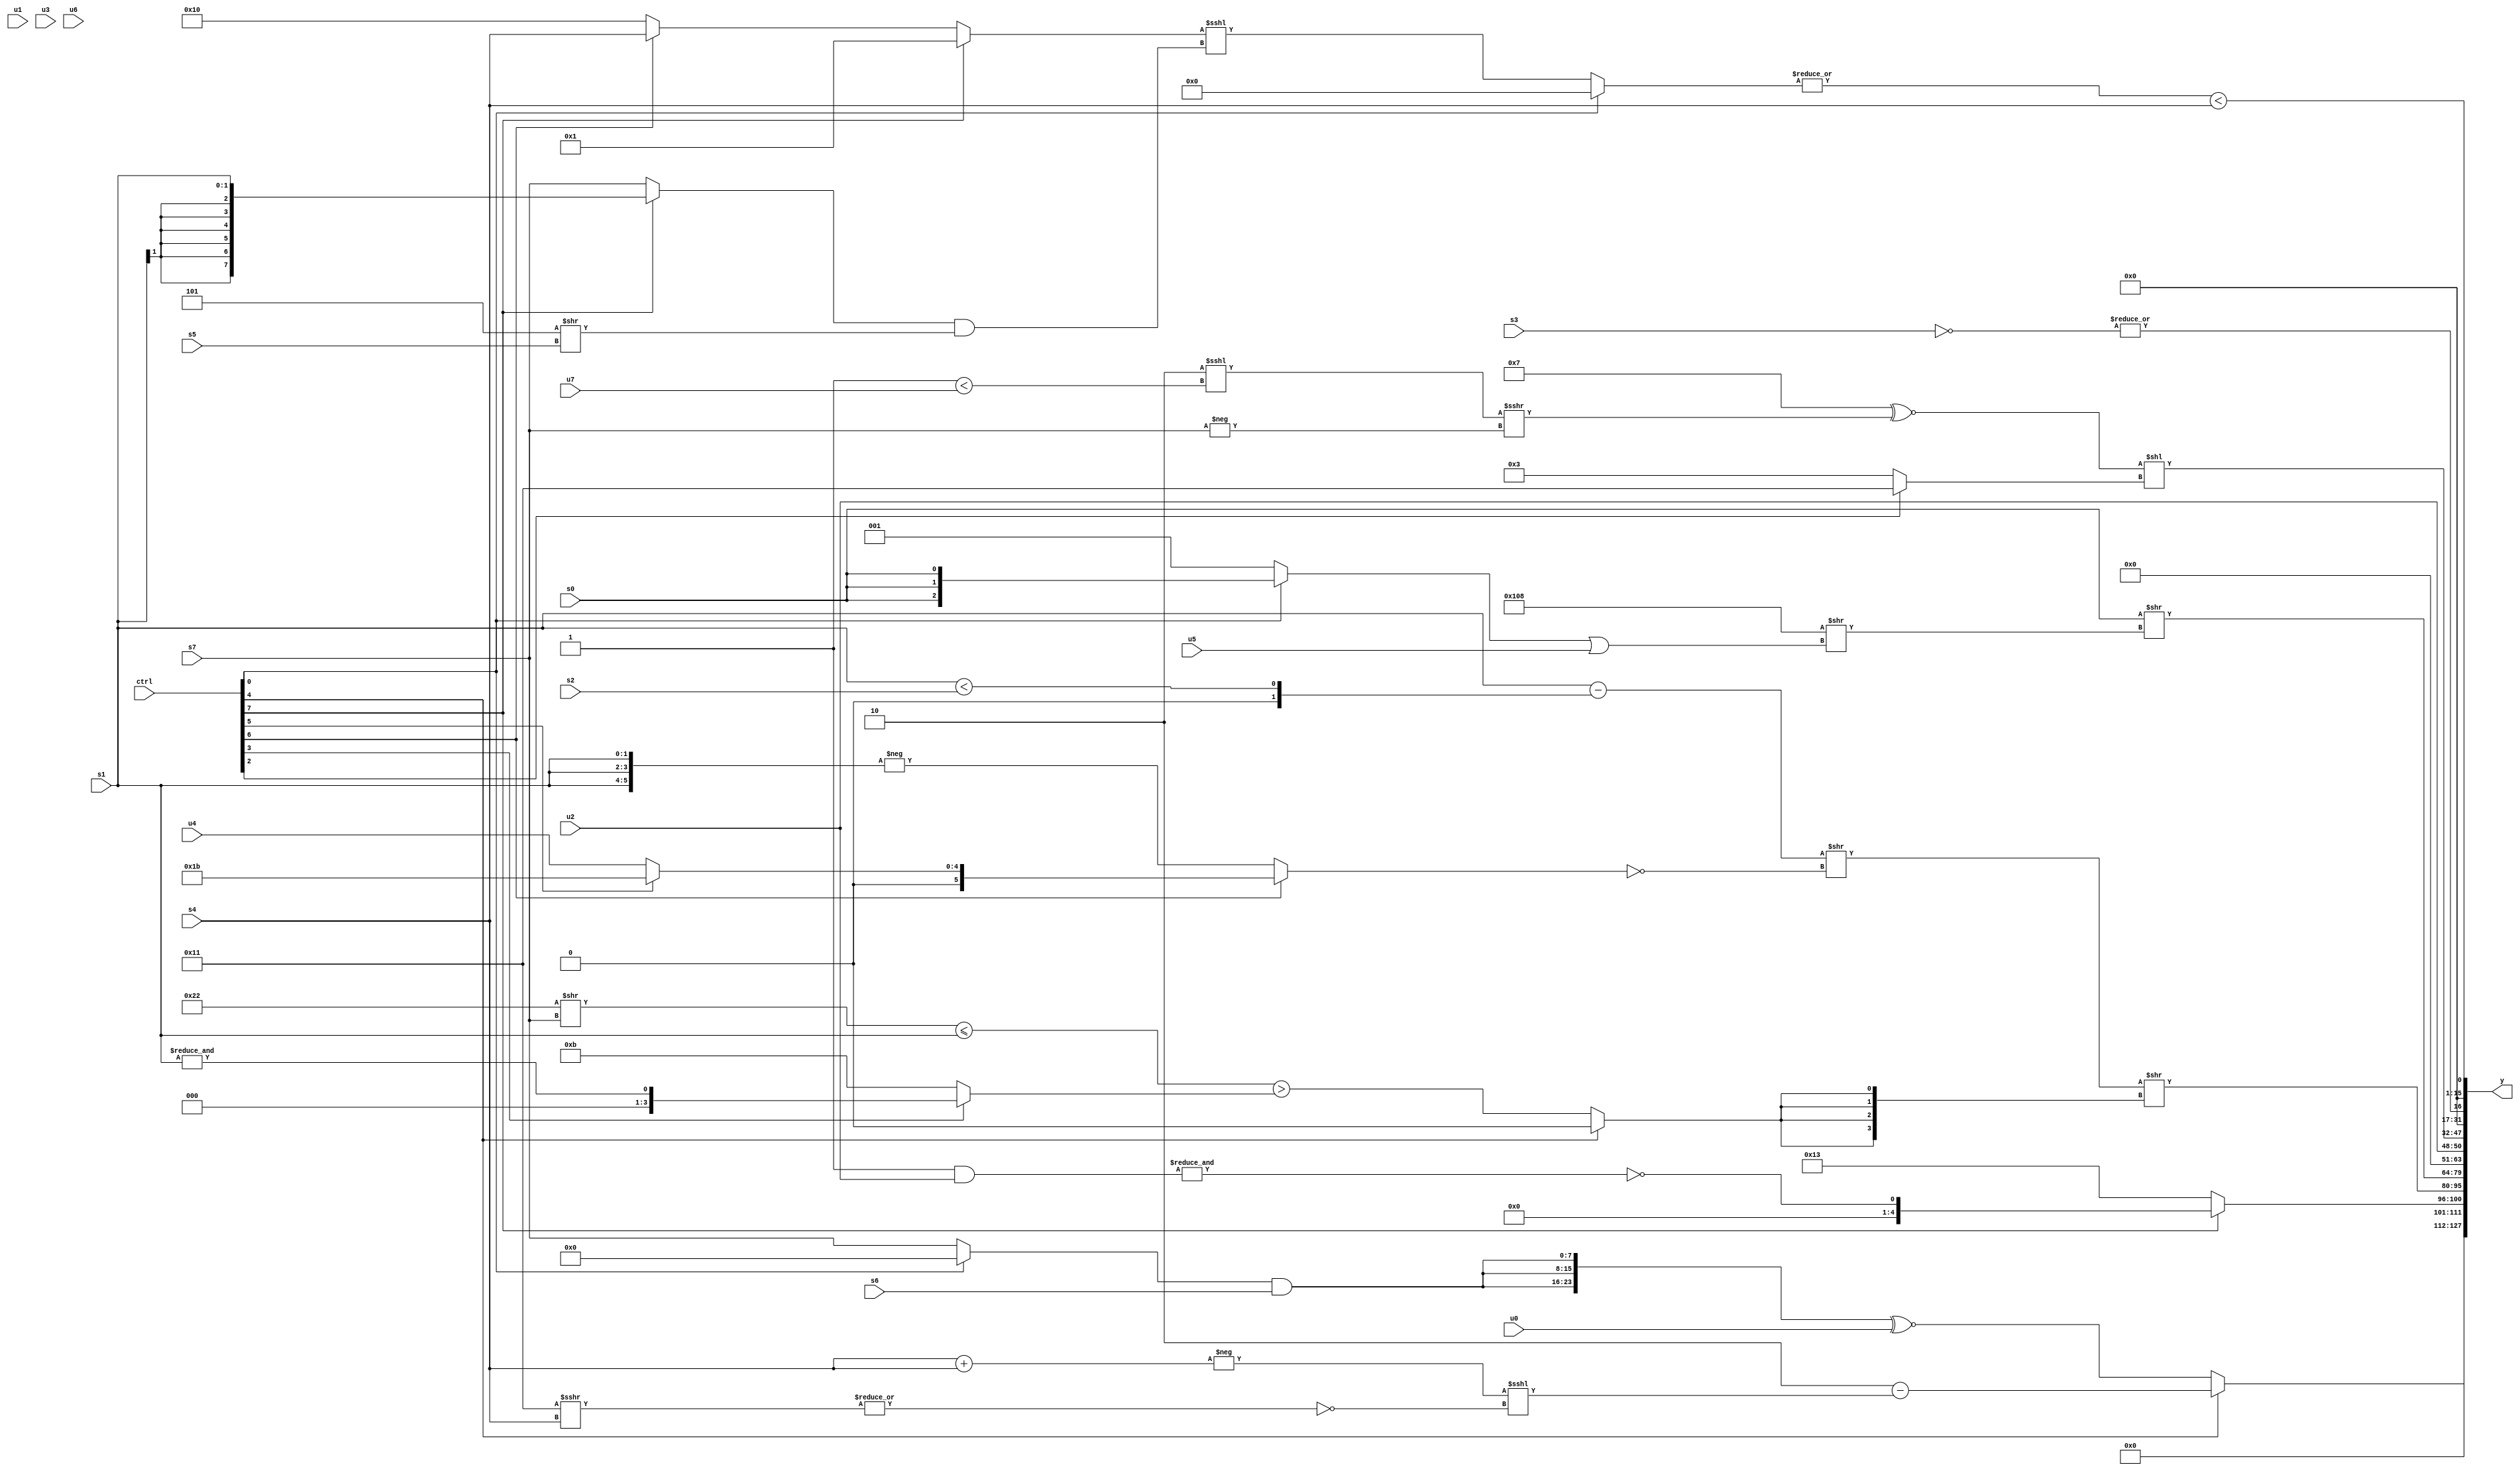
module wideexpr_00849(ctrl, u0, u1, u2, u3, u4, u5, u6, u7, s0, s1, s2, s3, s4, s5, s6, s7, y);
  input [7:0] ctrl;
  input [0:0] u0;
  input [1:0] u1;
  input [2:0] u2;
  input [3:0] u3;
  input [4:0] u4;
  input [5:0] u5;
  input [6:0] u6;
  input [7:0] u7;
  input signed [0:0] s0;
  input signed [1:0] s1;
  input signed [2:0] s2;
  input signed [3:0] s3;
  input signed [4:0] s4;
  input signed [5:0] s5;
  input signed [6:0] s6;
  input signed [7:0] s7;
  output [127:0] y;
  wire [15:0] y0;
  wire [15:0] y1;
  wire [15:0] y2;
  wire [15:0] y3;
  wire [15:0] y4;
  wire [15:0] y5;
  wire [15:0] y6;
  wire [15:0] y7;
  assign y = {y0,y1,y2,y3,y4,y5,y6,y7};
  assign y0 = (ctrl[4]?(2'sb10)-((+(-((s4)+(s4))))<<<(~|($signed((5'sb10001)>>>(s4))))):({3{({(ctrl[0]?3'sb000:s7)})&(s6)}})^~(u0));
  assign y1 = (ctrl[7]?~&($signed({1{(3'sb001)&(u2)}})):6'b010011);
  assign y2 = ((($signed(s1))-($signed(({(6'b111111)<<<(5'sb11110),(s1)<(s2)})<<<(((s5)<(5'sb10000))<<<(6'sb000001)))))>>(!($signed((ctrl[6]?$signed((ctrl[5]?5'b11011:u4)):-({3{s1}}))))))>>({4{(ctrl[4]?-(-(+(1'sb0))):|((((6'sb100010)>>(s7))<=(s1))>((ctrl[3]?&(s1):(5'sb01010)|(4'b1011)))))}});
  assign y3 = (s0)>>(({2{(+(5'b01000))|(-(1'sb0))}})>>(((ctrl[0]?{3{s0}}:($unsigned((5'sb00110)&(5'sb10101)))<(5'b11010)))|(u5)));
  assign y4 = $unsigned($signed(u2));
  assign y5 = ((4'sb0111)^~(((4'sb1110)<<<((2'sb01)<(u7)))>>>(-(s7))))<<($signed((ctrl[2]?5'sb10001:$signed($unsigned(3'sb011)))));
  assign y6 = |(~({1{s3}}));
  assign y7 = {1{$signed((|($signed((ctrl[0]?$unsigned((-(2'sb00))>>>($signed(4'sb0101))):((ctrl[7]?2'b01:(ctrl[6]?s4:5'b10000)))<<<(((ctrl[7]?s1:s7))&((3'sb101)>>(s5)))))))<({s4}))}};
endmodule